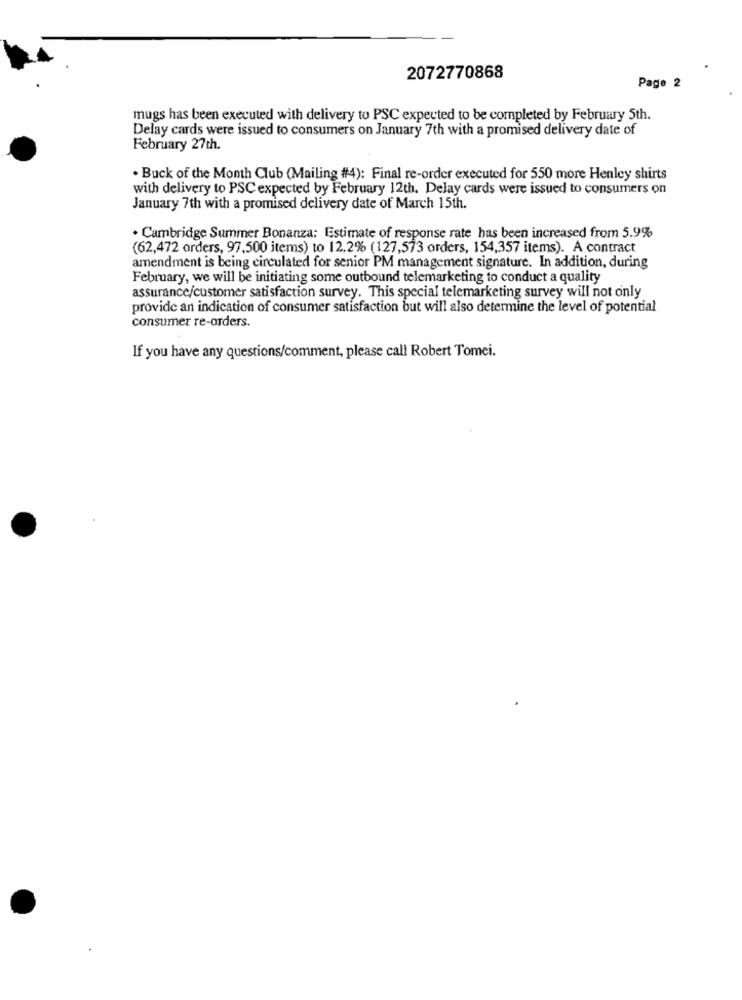
2072770868
Page 2
mugs has been executed with delivery to PSC expected to be completed by February 5th.
Delay cards were issued to consumers on January 7th with a promised delivery date of
February 27th.
. Buck of the Month Club (Mailing #4): Final re-order executed for 550 more Henley shirts
with delivery to PSC expected by February 12th. Delay cards were issued to consumers on
January 7th with a promised delivery date of March 15th.
. Cambridge Summer Bonanza: Estimate of response rate has been increased from 5.9%
(62,472 orders, 97,500 items) to 12.2% (127,573 orders, 154,357 items). A contract
amendment is being circulated for senior PM management signature. In addition, during
February, we will be initiating some outbound telemarketing to conduct a quality
assurance/customer satisfaction survey. This special telemarketing survey will not only
provide an indication of consumer satisfaction but will also determine the level of potential
consumer re-orders.
If you have any questions/comment, please call Robert Tomei.